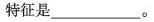
特征是_______。